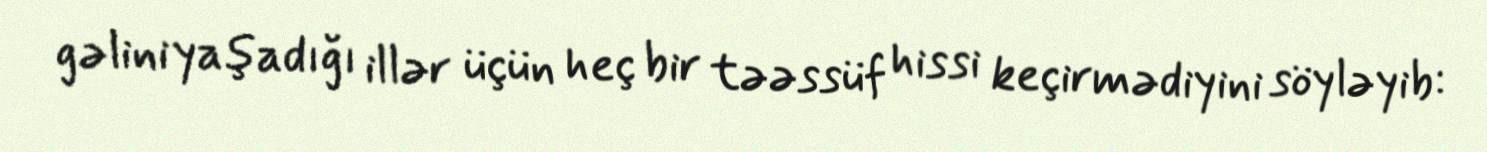
gəlini yaşadığı illər üçün heç bir təəssüf hissi keçirmədiyini söyləyib: